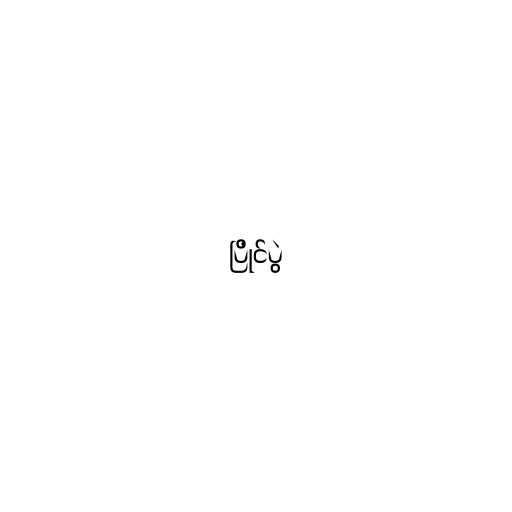
ပြိုင်ပွဲ